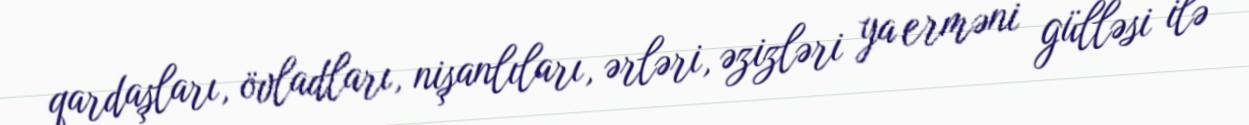
qardaşları, övladları, nişanlıları, ərləri, əzizləri ya erməni gülləsi ilə